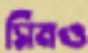
সিমও